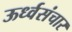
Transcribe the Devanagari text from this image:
ऊर्ध्वसंचार